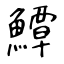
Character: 鱏